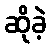
ဆိုခဲ့